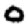
Digit: 0